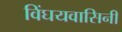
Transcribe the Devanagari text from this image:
विंघयवासिनी